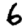
Digit: 6